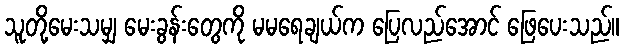
သူတို့မေးသမျှ မေးခွန်းတွေကို မမရေချယ်က ပြေလည်အောင် ဖြေပေးသည်။